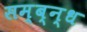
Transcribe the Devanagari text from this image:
सम्ब्न्ध